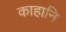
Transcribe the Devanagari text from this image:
काहानि